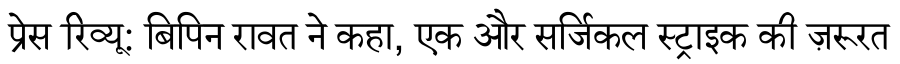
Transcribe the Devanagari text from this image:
प्रेस रिव्यू: बिपिन रावत ने कहा, एक और सर्जिकल स्ट्राइक की ज़रूरत